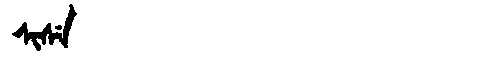
Manchu: ᠰᡳᠰᡝ
Romanization: SISE